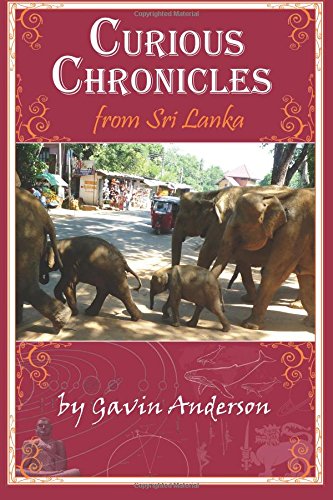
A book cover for Curious Chronicles from Sri Lanka; Gavin Anderson; Travel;